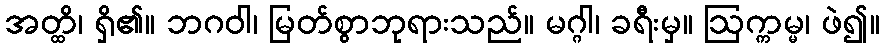
အတ္ထိ၊ ရှိ၏။ ဘဂဝါ၊ မြတ်စွာဘုရားသည်။ မဂ္ဂါ၊ ခရီးမှ။ ဩက္ကမ္မ၊ ဖဲ၍။